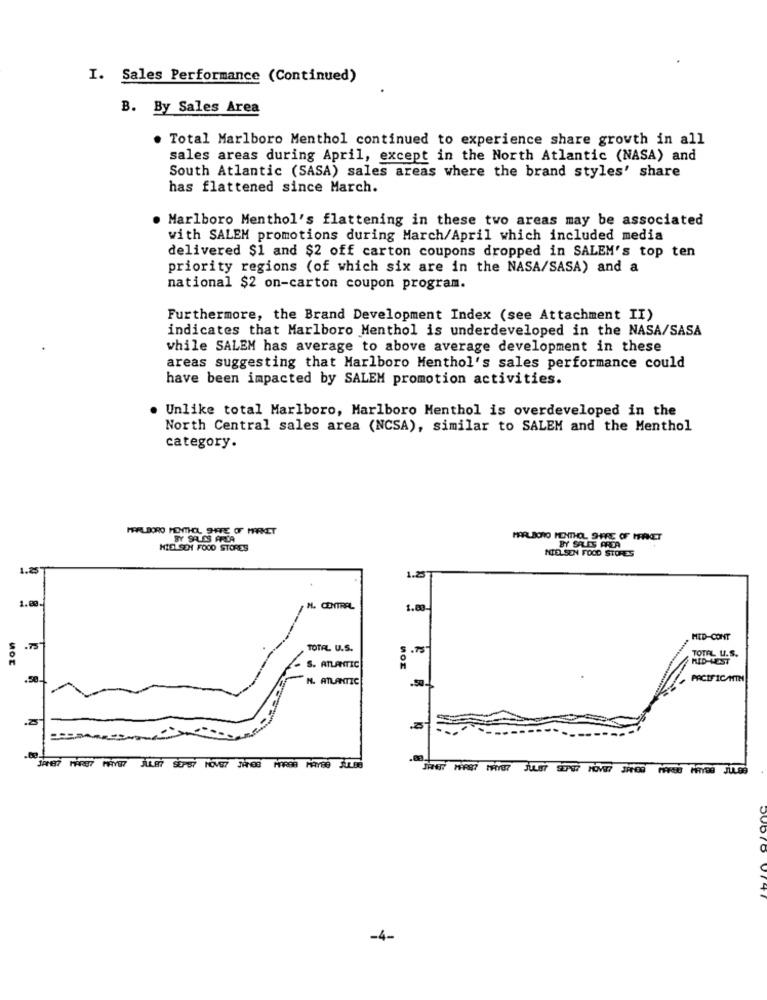
I. Sales Performance (Continued)
B. By Sales Area
Total Marlboro Menthol continued to experience share growth in all
sales areas during April, except in the North Atlantic (NASA) and
South Atlantic (SASA) sales areas where the brand styles' share
has flattened since March.
Marlboro Menthol's flattening in these two areas may be associated
with SALEM promotions during March/April which included media
delivered $1 and $2 off carton coupons dropped in SALEM's top ten
priority regions (of which six are in the NASA/SASA) and a
national $2 on-carton coupon program.
Furthermore, the Brand Development Index (see Attachment II)
indicates that Marlboro Menthol is underdeveloped in the NASA/SASA
while SALEM has average to above average development in these
areas suggesting that Marlboro Menthol's sales performance could
have been impacted by SALEM promotion activities.
. Unlike total Marlboro, Marlboro Menthol is overdeveloped in the
North Central sales area (NCSA), similar to SALEM and the Menthol
category.
MARLBORO MENTHOL SHAPE OF MARKET
BY SALES AREA
MARLBORO MENTHOL SHARE OF MERKET
HIELSOM FOOD STORES
NIELSEN FOOD STORES
BY SALES AREA
1.25
1.25
1.00
M. CENTRAL
1.83
MED-CONT
TOTAL U.S.
.75
TOTAL U.S.
MOT
MID-HEST
S. ATLANTIC
MOT
N. ATLANTIC
.50.
PACIFIC/MIN
1/187 MARS? MAYE? JULET SEPSY NOVE7 JAMES MARSH MAYBE JULES
-4-